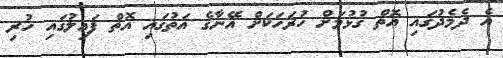
އެ ދެމެދުގައި އޮތް ގުޅުމަށް ހުރަހަކަށް އޭނާގެ އަތުގައި އޮތް ފައިލުގައި ހުރި